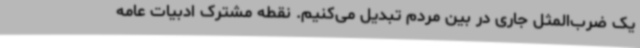
یک ضرب‌المثل جاری در بین مردم تبدیل می‌کنیم. نقطه مشترک ادبیات عامه